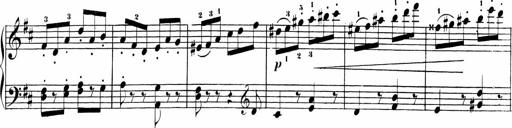
Title: Sonatinen Op.47, 98 und 136, nebst 6 Liedersonatinen
Composer: Carl Reinecke